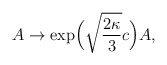
\begin{align*}A\to\exp\!\Big(\sqrt{\frac{2\kappa}{3}}c\Big)A,\end{align*}